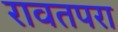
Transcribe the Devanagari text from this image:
रावतपरा